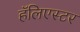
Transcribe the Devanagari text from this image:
हॅलिएस्टर